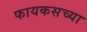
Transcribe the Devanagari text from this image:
फायकसच्या